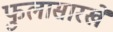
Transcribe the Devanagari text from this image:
फुलासारखे